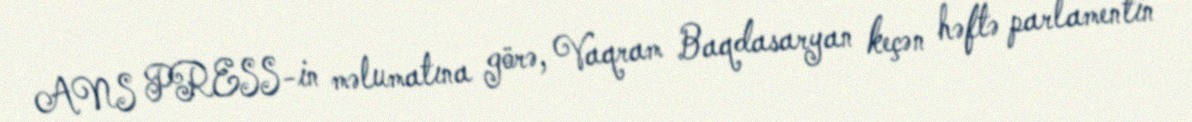
ANS PRESS-in məlumatına görə, Vaqram Baqdasaryan keçən həftə parlamentin